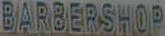
BARBERSHOP